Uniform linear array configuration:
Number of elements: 48
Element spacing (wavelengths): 0.75
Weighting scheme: cosine
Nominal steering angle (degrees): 15
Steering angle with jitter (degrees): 16.086
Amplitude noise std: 0.05
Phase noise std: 0.05

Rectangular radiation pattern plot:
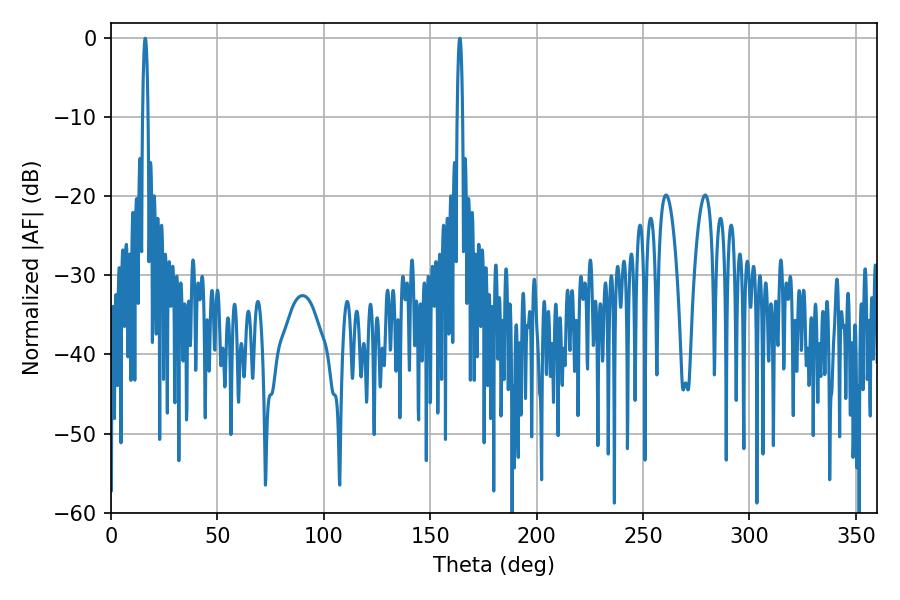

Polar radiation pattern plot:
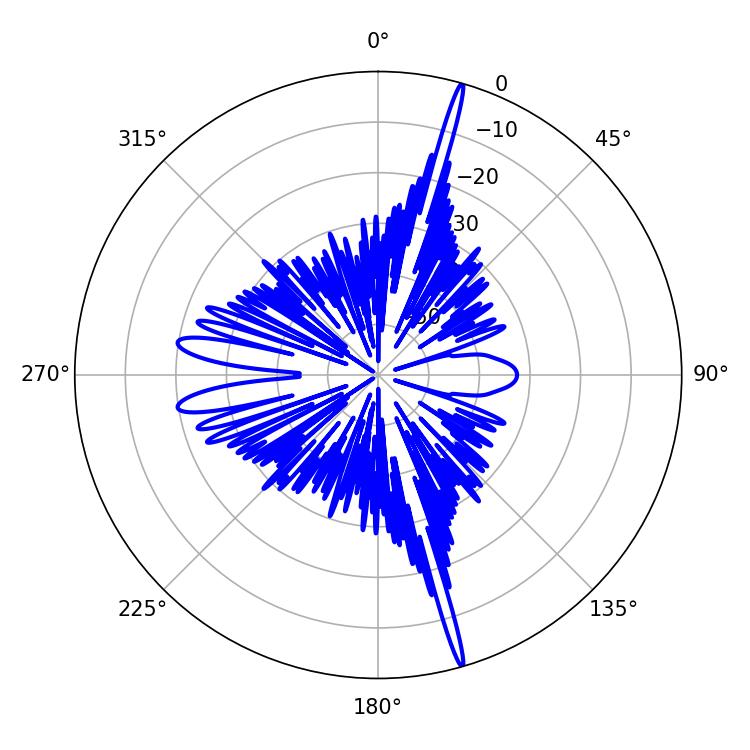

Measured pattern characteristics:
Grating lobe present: TRUE
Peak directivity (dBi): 21.73
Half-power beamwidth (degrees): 1.26
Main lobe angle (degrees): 16.02